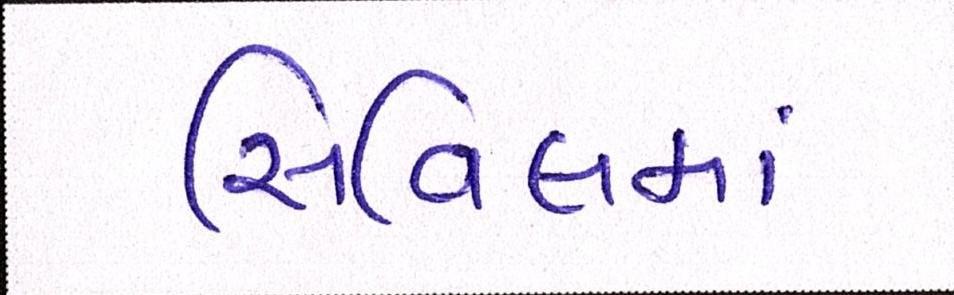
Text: સિવિલમાં